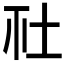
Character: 𡉹